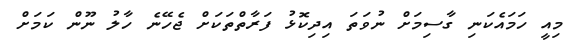
މިއީ ހަމައެކަނި ގާސިމަށް ނުވަތަ އިދިކޮޅު ފަރާތްތަކަށް ޖެހޭނެ ހާލު ނޫން ކަމަށް